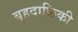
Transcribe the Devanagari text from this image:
बृहदाफ्रिकी